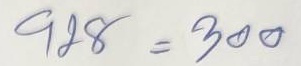
928 = 300